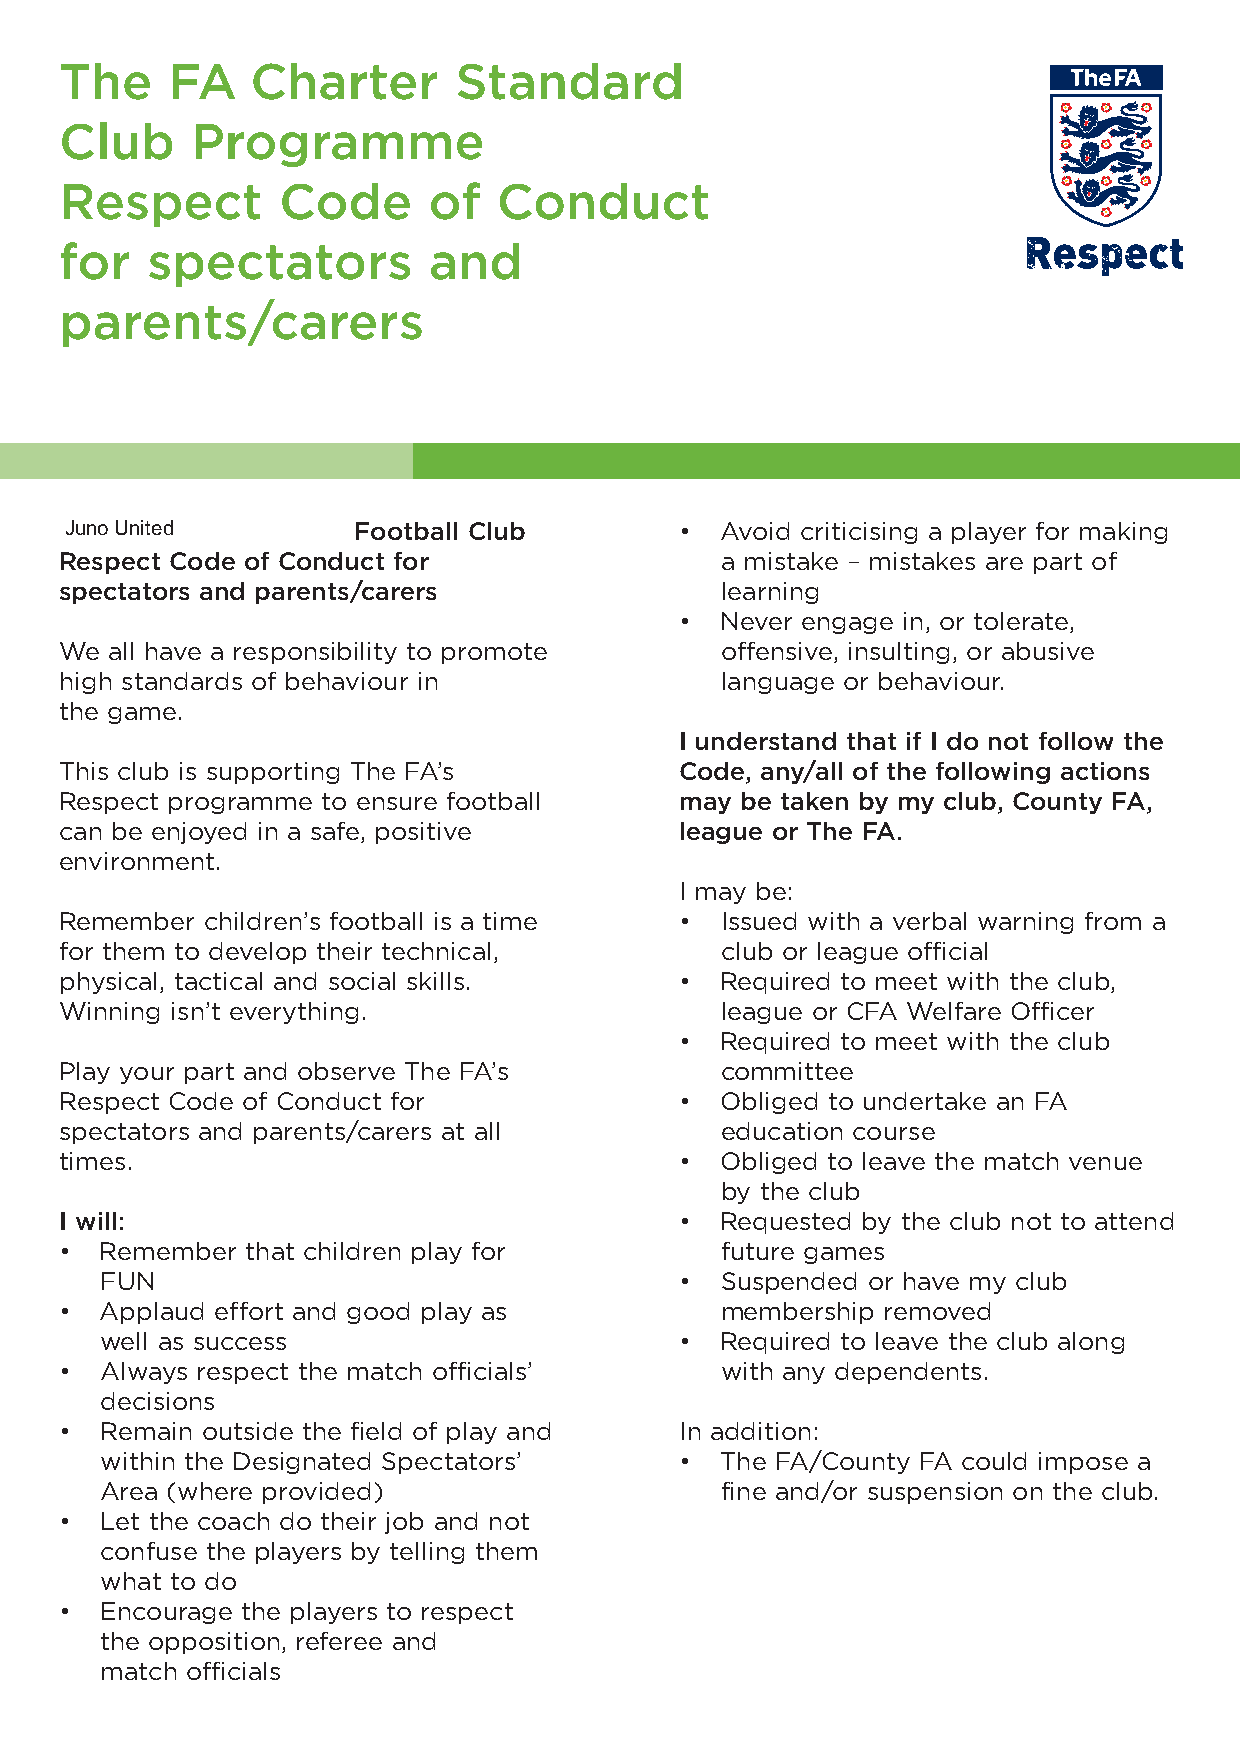
The    FA    Charter      Standard
 Club     Programme
 Respect       Code      of   Conduct
 for   spectators        and
 parents/carers
 JunoUnited         Football Club         •  Avoid criticising a player for making
 Respect Code of Conduct for                 a mistake – mistakes are part of
 spectators and parents/carers               learning
 •  Never engage in, or tolerate,
 We all have a responsibility to promote     offensive, insulting, or abusive
 high standards of behaviour in              language or behaviour.
 the game.
 I understand that if I do not follow the
 This club is supporting The FA’s         Code, any/all of the following actions
 Respect programme to ensure football     may be taken by my club, County FA,
 can be enjoyed in a safe, positive       league or The FA.
 environment.
 I may be:
 Remember children’s football is a time   •  Issued with a verbal warning from a
 for them to develop their technical,        club or league official
 physical, tactical and social skills.    •  Required to meet with the club,
 Winning isn’t everything.                   league or CFA Welfare Officer
 •  Required to meet with the club
 Play your part and observe The FA’s         committee
 Respect Code of Conduct for              •  Obliged to undertake an FA
 spectators and parents/carers at all        education course
 times.                                   •  Obliged to leave the match venue
 by the club
 I will:                                  •  Requested by the club not to attend
 •  Remember that children play for          future games
 FUN                                   •  Suspended or have my club
 •  Applaud effort and good play as          membership removed
 well as success                       •  Required to leave the club along
 •  Always respect the match officials’      with any dependents.
 decisions
 •  Remain outside the field of play and  In addition:
 within the Designated Spectators’     •  The FA/County FA could impose a
 Area (where provided)                    fine and/or suspension on the club.
 •  Let the coach do their job and not
 confuse the players by telling them
 what to do
 •  Encourage the players to respect
 the opposition, referee and
 match officials